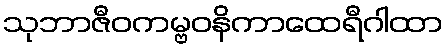
သုဘာဇီဝကမ္ဗဝနိကာထေရီဂါထာ